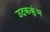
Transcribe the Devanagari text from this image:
उदककुंभ